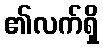
၏လက်ရှိ